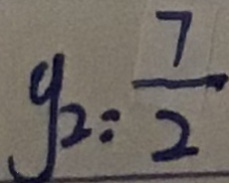
g _ { 2 } = \frac { 7 } { 2 }